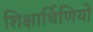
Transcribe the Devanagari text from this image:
शिक्षार्थिणियों